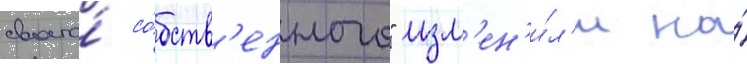
своего́ со́бств'енного" изм'ен'и́л'и на́